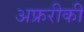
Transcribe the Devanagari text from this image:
अफ्ररीकी